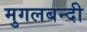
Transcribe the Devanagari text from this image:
मुगलबन्दी